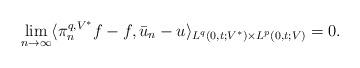
LaTeX: \begin{align*}\lim_{n\to \infty}\langle \pi_n^{q,V^*}f - f, \bar{u}_n-u \rangle_{L^q(0,t;V^*)\times L^p(0,t;V)} = 0.\end{align*}